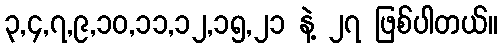
၃,၄,၇,၉,၁၀,၁၁,၁၂,၁၅,၂၁ နဲ့ ၂၇ ဖြစ်ပါတယ်။